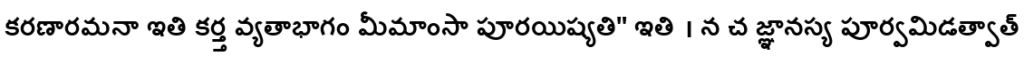
కరణారమనా ఇతి కర్త్త వ్యతాభాగం మీమాంసా పూరయిష్యతి" ఇతి । న చ జ్ఞానస్య పూర్వమిడత్వాత్